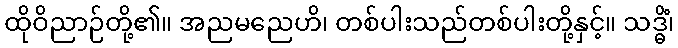
ထိုဝိညာဉ်တို့၏။ အညမညေဟိ၊ တစ်ပါးသည်တစ်ပါးတို့နှင့်။ သဒ္ဓိံ၊